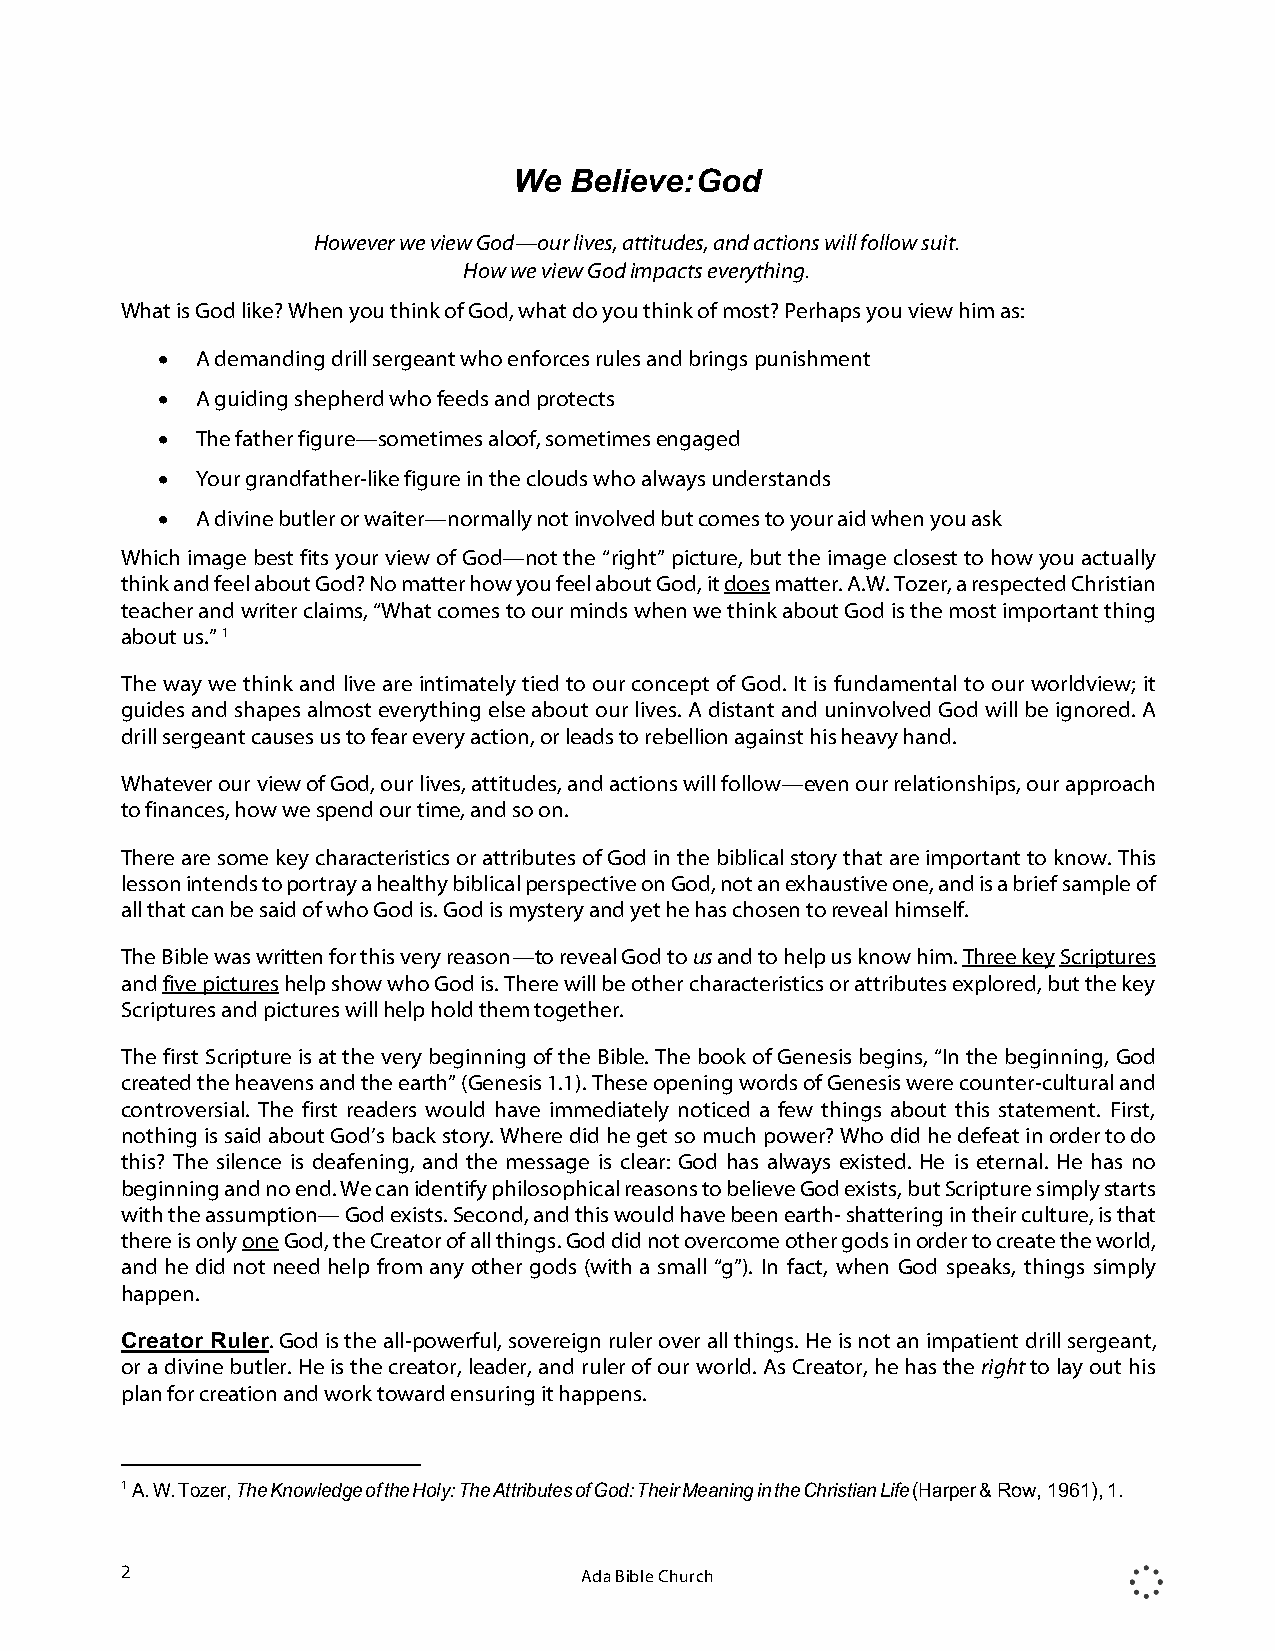
We  Believe: God
 However we view God—our lives, attitudes, and actions will follow suit.
 How we view God impacts everything.
 What is God like? When you think of God, what do you think of most? Perhaps you view him as:
 •  A demanding drill sergeant who enforces rules and brings punishment
 •  A guiding shepherd who feeds and protects
 •  The father figure—sometimes aloof, sometimes engaged
 •  Your grandfather-like figure in the clouds who always understands
 •  A divine butler or waiter—normally not involved but comes to your aid when you ask
 Which image best fits your view of God—not the “right” picture, but the image closest to how you actually
 think and feel about God? No matter how you feel about God, it does matter. A.W. Tozer, a respected Christian
 teacher and writer claims, “What comes to our minds when we think about God is the most important thing
 about us.” 1
 The way we think and live are intimately tied to our concept of God. It is fundamental to our worldview; it
 guides and shapes almost everything else about our lives. A distant and uninvolved God will be ignored. A
 drill sergeant causes us to fear every action, or leads to rebellion against his heavy hand.
 Whatever our view of God, our lives, attitudes, and actions will follow—even our relationships, our approach
 to finances, how we spend our time, and so on.
 There are some key characteristics or attributes of God in the biblical story that are important to know. This
 lesson intends to portray a healthy biblical perspective on God, not an exhaustive one, and is a brief sample of
 all that can be said of who God is. God is mystery and yet he has chosen to reveal himself.
 The Bible was written for this very reason—to reveal God to us and to help us know him. Three key Scriptures
 and five pictures help show who God is. There will be other characteristics or attributes explored, but the key
 Scriptures and pictures will help hold them together.
 The first Scripture is at the very beginning of the Bible. The book of Genesis begins, “In the beginning, God
 created the heavens and the earth” (Genesis 1.1). These opening words of Genesis were counter-cultural and
 controversial. The first readers would have immediately noticed a few things about this statement. First,
 nothing is said about God’s back story. Where did he get so much power? Who did he defeat in order to do
 this? The silence is deafening, and the message is clear: God has always existed. He is eternal. He has no
 beginning and no end. We can identify philosophical reasons to believe God exists, but Scripture simply starts
 with the assumption— God exists. Second, and this would have been earth- shattering in their culture, is that
 there is only one God, the Creator of all things. God did not overcome other gods in order to create the world,
 and he did not need help from any other gods (with a small “g”). In fact, when God speaks, things simply
 happen.
 Creator Ruler. God is the all-powerful, sovereign ruler over all things. He is not an impatient drill sergeant,
 or a divine butler. He is the creator, leader, and ruler of our world. As Creator, he has the right to lay out his
 plan for creation and work toward ensuring it happens.
 1 A. W. Tozer, The Knowledge of the Holy: The Attributes of God: Their Meaning in the Christian Life (Harper & Row, 1961), 1.
 2                             Ada Bible Church